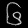
Digit: ၆